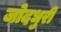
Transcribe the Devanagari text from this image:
जोदधुरी